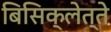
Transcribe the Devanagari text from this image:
बिसिक्लेत्ते